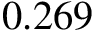
0 . 2 6 9